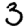
Digit: 3